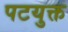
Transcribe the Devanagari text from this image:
पटयुक्त